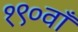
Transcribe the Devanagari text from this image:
१९०वाँ